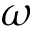
\omega